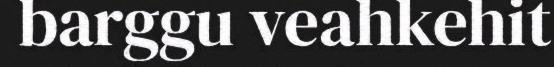
barggu veahkehit